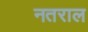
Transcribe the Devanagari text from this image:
नतराल